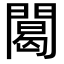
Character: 䦪